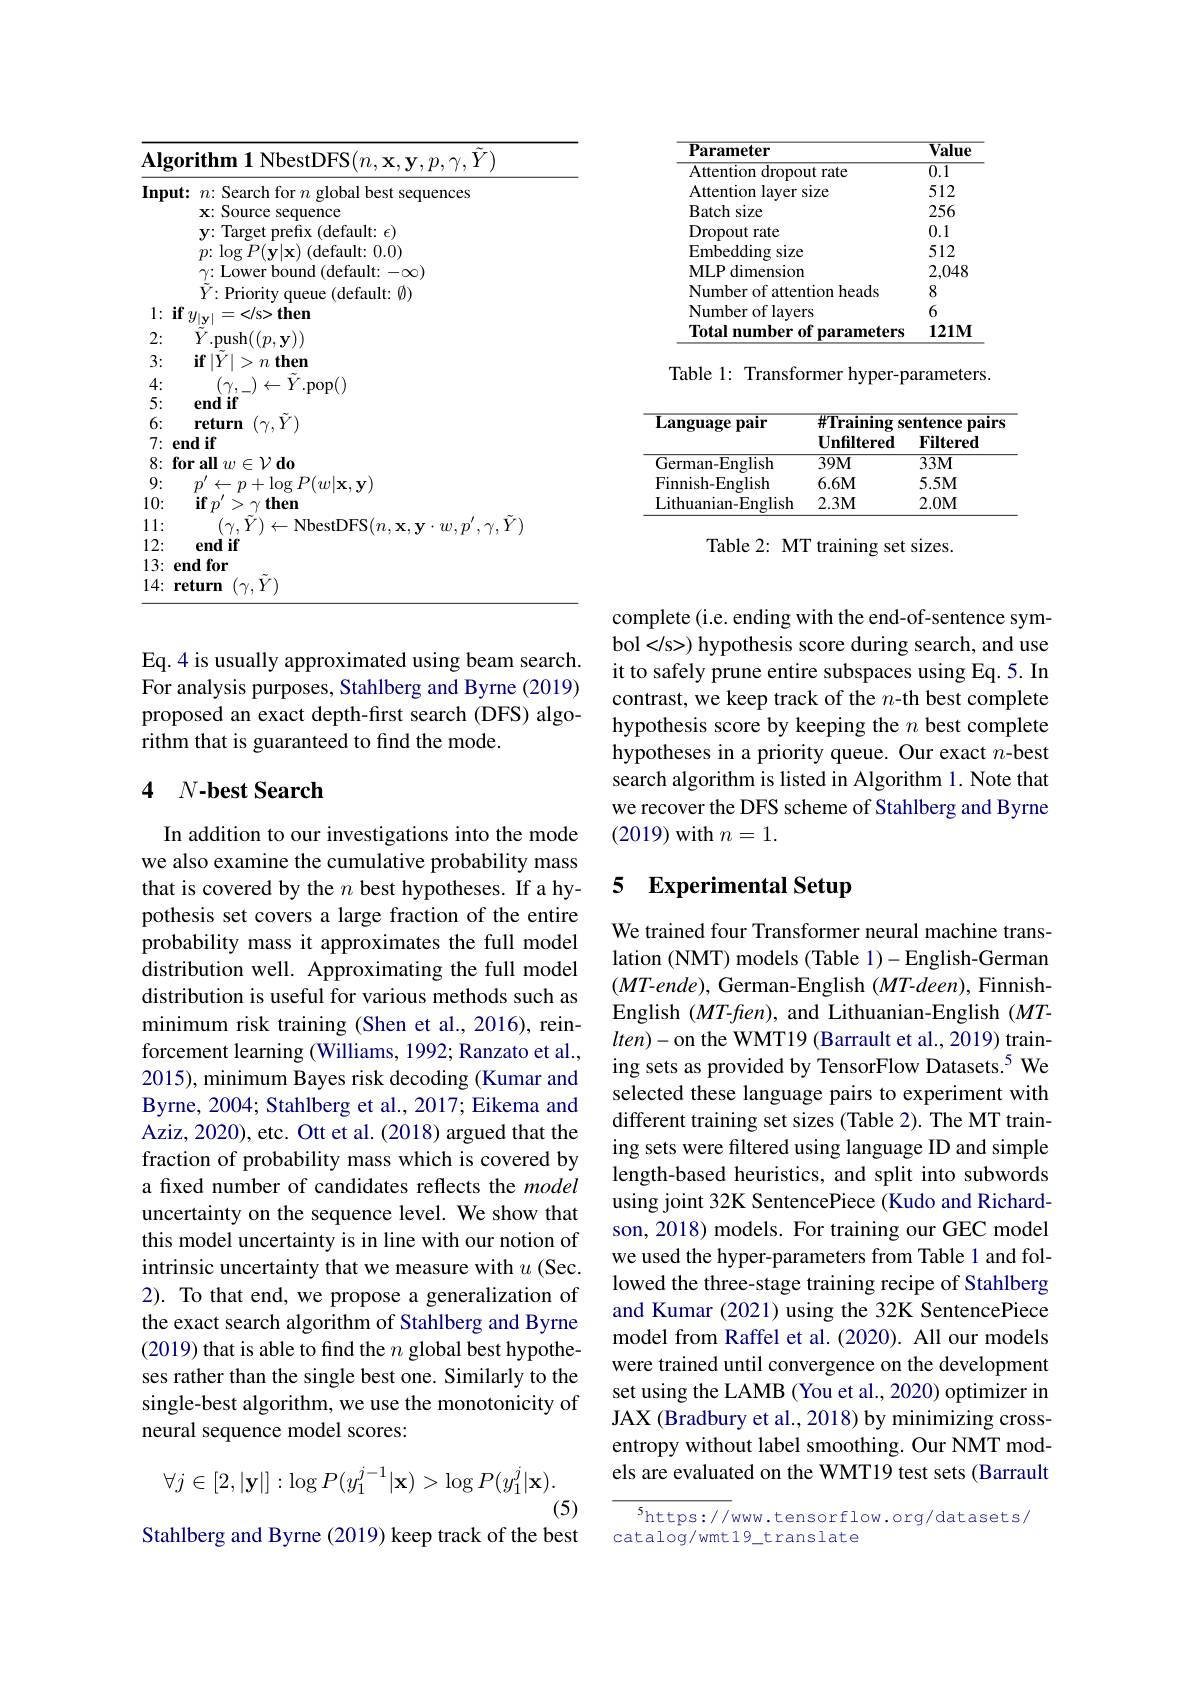
<table>
	<tbody>
		<tr>
			<th>Algor</th>
			<th>$\mathbf{rithm1NbestDFS}(n,\mathbf{x},\mathbf{y},p,\gamma,\dot{Y})$</th>
		</tr>
		<tr>
			<th>$Input:$</th>
			<th>$n{:}$ Search for $n$ global best sequences</th>
		</tr>
		<tr>
			<td>L</td>
			<td>Source $\mathbf{X}^{*}$ N uence</td>
		</tr>
		<tr>
			<td> </td>
			<td>(default: $\epsilon)$ $\because|ar$ ehx</td>
		</tr>
		<tr>
			<td> </td>
			<td>default: :0.0) $|a_{0}$ $P|\mathbf{v}|\mathbf{x}$</td>
		</tr>
		<tr>
			<td> </td>
			<td>$\gamma{:}$Lower bound (default: -$\infty)$</td>
		</tr>
		<tr>
			<td> </td>
			<td>$\tilde{Y}\colon$Priority queue (default: Ø)</td>
		</tr>
		<tr>
			<td>1: $if$ $y$</td>
			<td>$y_{|\mathbf{v}|}=</\mathbf{s}>\mathbf{then}$</td>
		</tr>
		<tr>
			<td>2:</td>
			<td>${\ddot{Y}}.$push$((p,\mathbf{y}))$</td>
		</tr>
		<tr>
			<td>3:</td>
			<td>$\mathbf{if}\left|Y\right|>n$ then</td>
		</tr>
		<tr>
			<td>4:</td>
			<td>$( \gamma .$ $) \leftarrow Y.$pop( )</td>
		</tr>
		<tr>
			<td>5:</td>
			<td>end 11</td>
		</tr>
		<tr>
			<td>6:</td>
			<td>$Y$ 11rm $V$</td>
		</tr>
		<tr>
			<td>7: enc</td>
			<td>$\textbf{lif}$ $d$</td>
		</tr>
		<tr>
			<td>$X$</td>
			<td>$\mathrm{d}_{0}$</td>
		</tr>
		<tr>
			<td>9:</td>
			<td>$-p+\log P(w|_{\mathbf{X},\mathbf{V}})$ -</td>
		</tr>
		<tr>
			<td>10:</td>
			<td>$\mathbf{if}p^{\prime}>\gamma\mathbf{then}$</td>
		</tr>
		<tr>
			<td>11:</td>
			<td>$(\gamma,\tilde{Y})\leftarrow$NbestDFS$(n,\mathbf{x},\mathbf{y}\cdot w$, $\frac{1}{2}$</td>
		</tr>
		<tr>
			<td>12:</td>
			<td>$\mathbf{emn}$ $if$</td>
		</tr>
		<tr>
			<td>13: $en$</td>
			<td>for</td>
		</tr>
		<tr>
			<td>14: ret</td>
			<td>turn $(\gamma,Y^{\prime}$</td>
		</tr>
	</tbody>
</table>

Eq.4 is usually approximated using beam search. For analysis purposes, Stahlberg and Byrne (2019) proposed an exact depth-first search (DFS) algorithm that is guaranteed to find the mode.

## 4 $N- \mathbf{best}$ Search

In addition to our investigations into the mode we also examine the cumulative probability mass that is covered by the $n$ best hypotheses. If a hypothesis set covers a large fraction of the entire probability mass it approximates the full model distribution well. Approximating the full model distribution is useful for various methods such as minimum risk training (Shen et al., 2016), reinforcement learning (Williams, 1992; Ranzato et al., 2015), minimum Bayes risk decoding (Kumar and Byrne, 2004; Stahlberg et al., 2017; Eikema and Aziz, 2020), etc. Ott et al. (2018) argued that the fraction of probability mass which is covered by a fixed number of candidates reflects the model uncertainty on the sequence level. We show that this model uncertainty is in line with our notion of intrinsic uncertainty that we measure with $u$ (Sec. 2). To that end, we propose a generalization of the exact search algorithm of Stahlberg and Byrne (2019) that is able to find the $n$ global best hypotheses rather than the single best one. Similarly to the single-best algorithm, we use the monotonicity of neural sequence model scores:
$$\forall j\in[2,|\mathbf{y}|]:\log P(y_1^{j-1}|\mathbf{x})>\log P(y_1^j|\mathbf{x}).$$
(5)
Stahlberg and Byrne (2019) keep track of the best

<table>
	<tbody>
		<tr>
			<th>$\overline{{\textbf{Parameter}}}$</th>
			<th>$\overline{\textbf{Value}}$</th>
		</tr>
		<tr>
			<td>${\mathrm{Attention~dropout~rate}}$</td>
			<td>$\overline{0.1}$</td>
		</tr>
		<tr>
			<td>Attention layer size</td>
			<td>512</td>
		</tr>
		<tr>
			<td>Batch size</td>
			<td>256</td>
		</tr>
		<tr>
			<td>Dropout rate</td>
			<td>0.1</td>
		</tr>
		<tr>
			<td>Embedding size</td>
			<td>512</td>
		</tr>
		<tr>
			<td>$\mathbf{MLP}$ dimension</td>
			<td>2,048</td>
		</tr>
		<tr>
			<td>Number of attention heads</td>
			<td>8</td>
		</tr>
		<tr>
			<td>Number of lavers</td>
			<td>6</td>
		</tr>
		<tr>
			<td>Total number of parameters</td>
			<td>$121M$</td>
		</tr>
	</tbody>
</table>

Table 1: Transformer hyper-parameters.

<table>
	<tbody>
		<tr>
			<th>${\mathbf{Languagepair}}$</th>
			<th>$\#Training$ N $\mathbf{Unfiltered}$</th>
			<th>${\mathrm{entence}}$ pairs $\mathbf{Filtered}$</th>
		</tr>
		<tr>
			<td>German-English</td>
			<td>$39M$</td>
			<td>$33M$</td>
		</tr>
		<tr>
			<td>Finnish-English</td>
			<td>$6.6M$</td>
			<td>$5.5M$</td>
		</tr>
		<tr>
			<td>Lithuanian- English</td>
			<td>$2.3M$</td>
			<td>2.0M</td>
		</tr>
	</tbody>
</table>

Table 2: MT training set sizes.

complete (i.e. ending with the end-of-sentence symbol
) hypothesis score during search, and use it to safely prune entire subspaces using Eq. 5. In contrast, we keep track of the $n$-th best complete hypothesis score by keeping the $n$ best complete hypotheses in a priority queue. Our exact $n$-best search algorithm is listed in Algorithm 1. Note that we recover the DFS scheme of Stahlberg and Byrne (2019) with $n=1.$

### 5 Experimental Setup

We trained four Transformer neural machine translation (NMT) models (Table 1)-English-German $(MT-ende)$, German-English $(MT-deen)$, FinnishEnglish $(MT$-fien), and Lithuanian-English $(MT$- $lten)-$on the WMT19 (Barrault et al., 2019) training sets as provided by TensorFlow Datasets.$^{5}$ We selected these language pairs to experiment with different training set sizes (Table 2). The MT training sets were filtered using language ID and simple length-based heuristics, and split into subwords using joint 32K SentencePiece (Kudo and Richardson, 2018) models. For training our GEC model we used the hyper-parameters from Table 1 and followed the three-stage training recipe of Stahlberg and Kumar (2021) using the 32K SentencePiece model from Raffel et al.(2020). All our models were trained until convergence on the development set using the LAMB (You et al., 2020) optimizer in JAX (Bradbury et al., 2018) by minimizing crossentropy without label smoothing. Our NMT models are evaluated on the WMT19 test sets (Barrault

$^{5}$https://ww.tensorflow.org/datasets/
catalog/wmt19\_translate